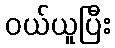
ဝယ်ယူပြီး